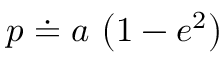
p \doteq a \, \left( 1 - e ^ { 2 } \right)